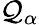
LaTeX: {\mathcal{Q}}_{\alpha}